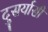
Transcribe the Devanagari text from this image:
दुसर्यासी